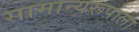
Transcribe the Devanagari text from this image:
सामान्यरूपाला